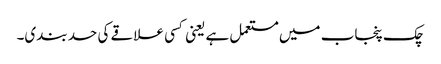
چک پنجاب میں مستعمل ہے یعنی کسی علاقے کی حد بندی۔